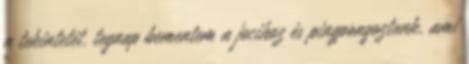
a tekintetét. tegnap bementem a jocihoz és pingpongoztunk, ami